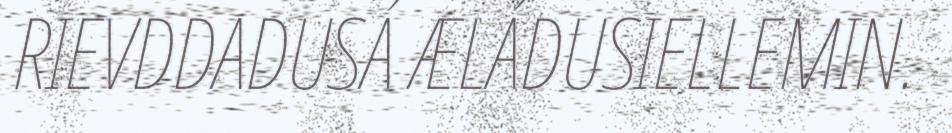
RIEVDDADUSÁ ÆLÁDUSIELLEMIN.